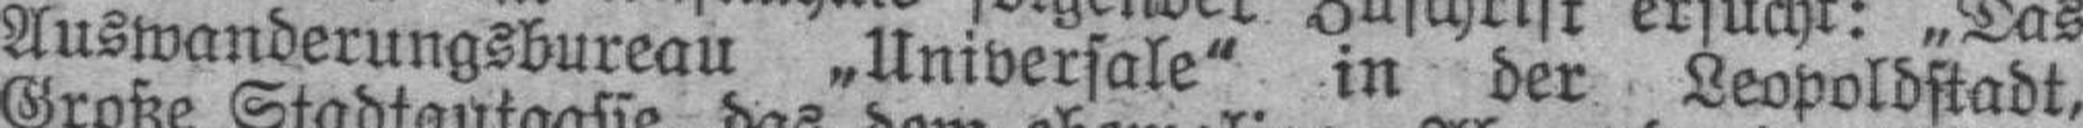
Auswanderungsbureau „Universale" in der Leopoldstadt,